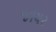
જોયર